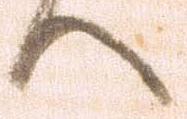
へ